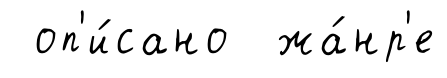
оп'и́сано жа́нр'е